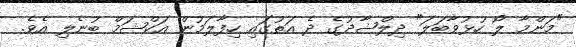
"މަންމާ ލޯ ހުޅުވާބަލަ" ދިލްޝާދުގެ ދެ އަތުގައި ހިފާލަމުން އަކްޝަމް ބުނެލި އެވެ.